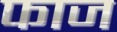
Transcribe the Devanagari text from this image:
फाज